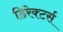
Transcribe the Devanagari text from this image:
डिरेक्टर्स